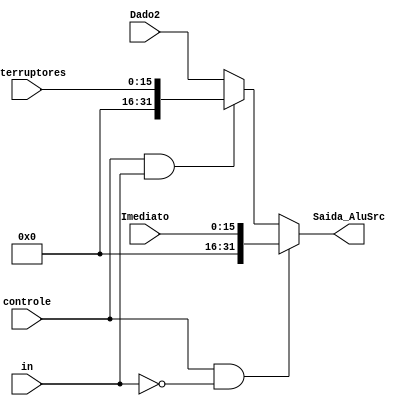
module MuxALUSRC(
    input[31:0] Dado2, 
    input [15:0] Imediato,
	 input [15:0] interruptores,
    input controle, in,
    output[31:0] Saida_AluSrc
);

    reg [31:0] reg_auxiliar;
    
    always @(*) begin
        if(controle == 1 && in == 0) begin
            reg_auxiliar = {16'd0, Imediato};
        end
		  else if(controle == 1 && in == 1) begin
				reg_auxiliar = {16'd0, interruptores};
		  end
        else begin
            reg_auxiliar = Dado2;
        end
    end

    assign Saida_AluSrc = reg_auxiliar;
	 
 endmodule